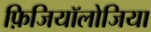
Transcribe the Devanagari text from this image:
फ़िजियॉलोजिया